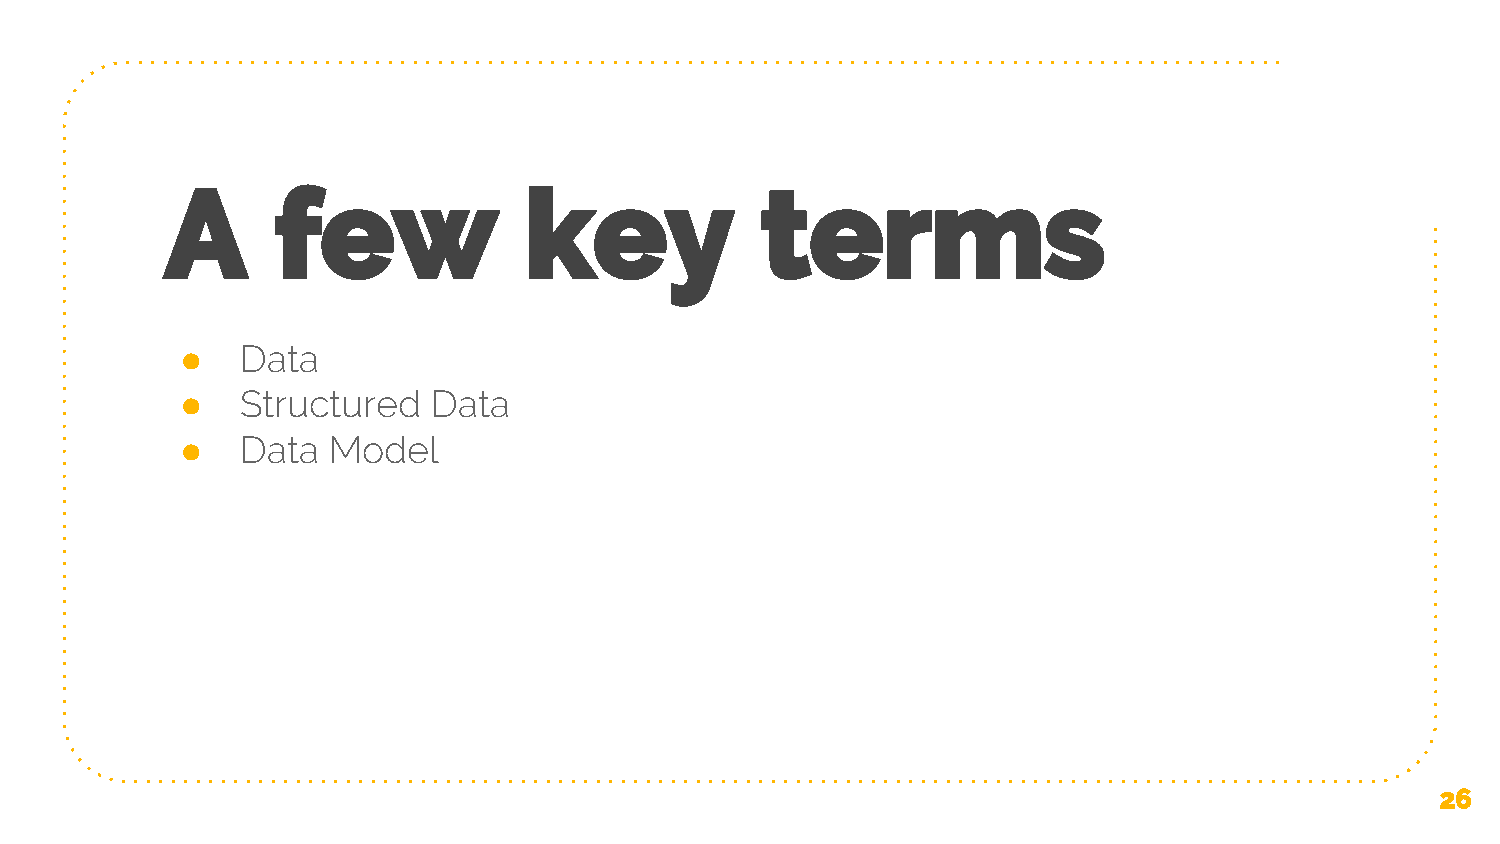
A      few              key            terms
 ●   Data
 ●   Structured   Data
 ●   Data  Model
 26